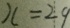
x = 2 9